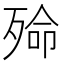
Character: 𱥐